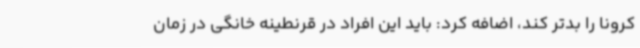
کرونا را بدتر کند، اضافه کرد: باید این افراد در قرنطینه خانگی در زمان